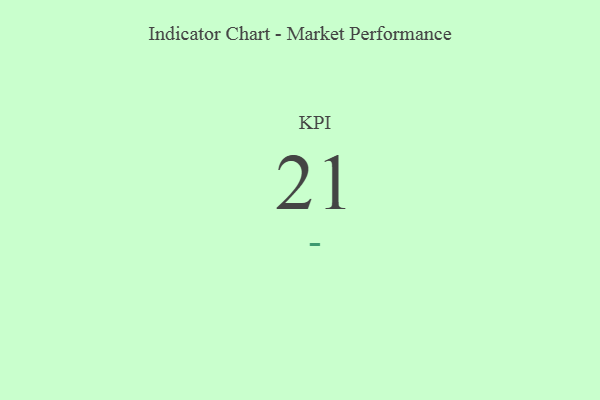
{"axis": {"x": "KPI", "y": "Value"}, "legend": [""], "data": [{"x": "KPI", "y": 21, "type": ""}]}